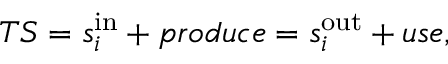
T S = s _ { i } ^ { \mathrm { i n } } + p r o d u c e = s _ { i } ^ { \mathrm { o u t } } + u s e ,